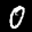
Label: 0